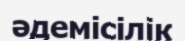
әдемісілік